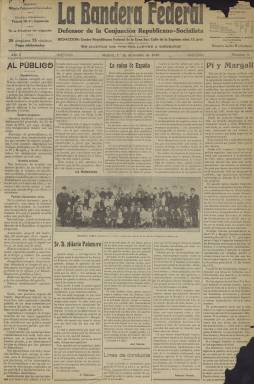
Título: La Bandera federal (Madrid. 1910)
Colección: Periódicos
Ámbito geográfico: Madrid
Lugar de publicación: Madrid
Fechas: 01/12/1910-30/12/1913